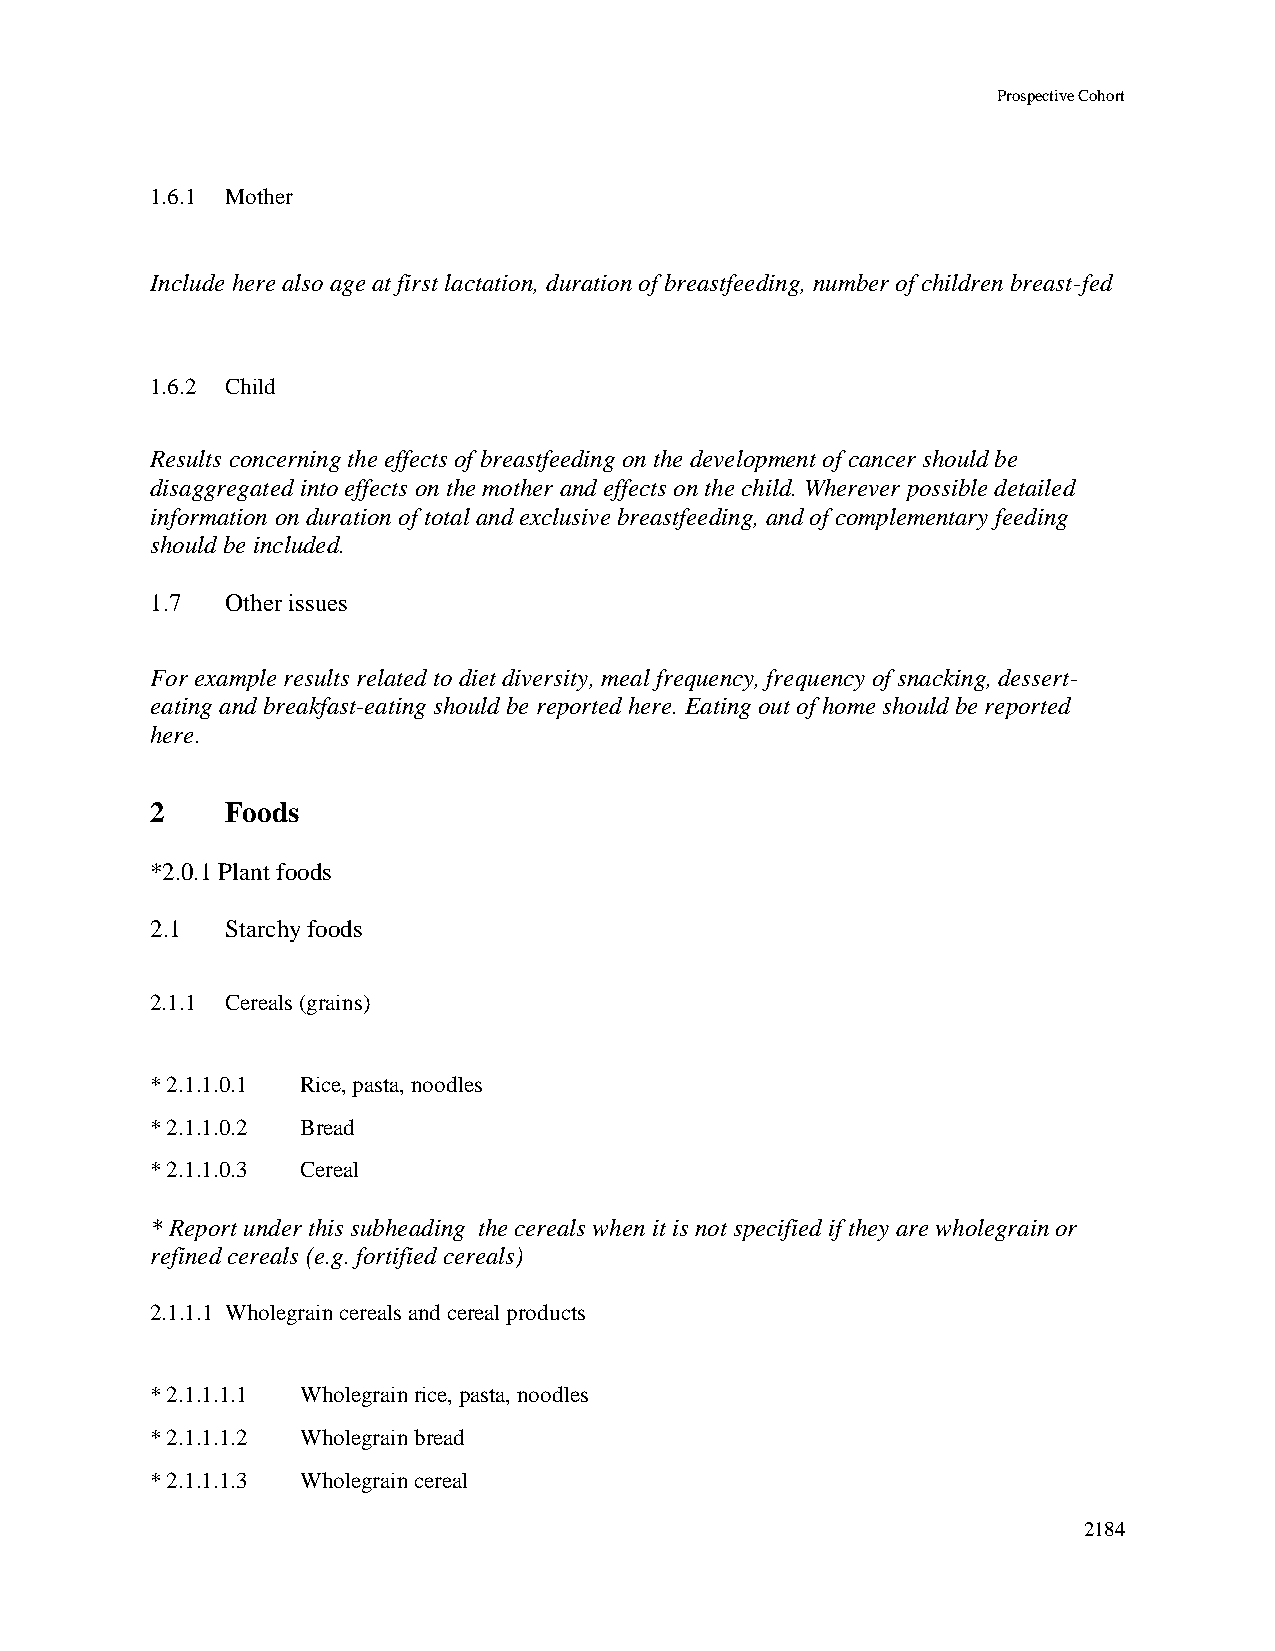
Prospective Cohort
 1.6.1 Mother
 Include here also age at first lactation, duration of breastfeeding, number of children breast-fed
 1.6.2 Child
 Results concerning the effects of breastfeeding on the development of cancer should be
 disaggregated into effects on the mother and effects on the child. Wherever possible detailed
 information on duration of total and exclusive breastfeeding, and of complementary feeding
 should be included.
 1.7  Other issues
 For example results related to diet diversity, meal frequency, frequency of snacking, dessert-
 eating and breakfast-eating should be reported here. Eating out of home should be reported
 here.
 2    Foods
 *2.0.1 Plant foods
 2.1  Starchy foods
 2.1.1 Cereals (grains)
 * 2.1.1.0.1 Rice, pasta, noodles
 * 2.1.1.0.2 Bread
 * 2.1.1.0.3 Cereal
 * Report under this subheading the cereals when it is not specified if they are wholegrain or
 refined cereals (e.g. fortified cereals)
 2.1.1.1 Wholegrain cereals and cereal products
 * 2.1.1.1.1 Wholegrain rice, pasta, noodles
 * 2.1.1.1.2 Wholegrain bread
 * 2.1.1.1.3 Wholegrain cereal
 2184